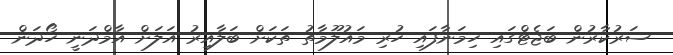
ސަރުކާރުން ބަޖެޓްގައި ހިމަނާފައި ހުރި މައުލޫމާތު ތަކަށް ބަލާއިރު އަލަށް އާމްދަނީ ހޯދަން